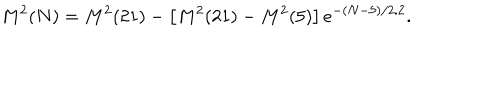
LaTeX: M ^ { 2 } ( N ) = M ^ { 2 } ( 2 1 ) - \left[ M ^ { 2 } ( 2 1 ) - M ^ { 2 } ( 5 ) \right] e ^ { - ( N - 5 ) / 2 . 2 } .